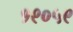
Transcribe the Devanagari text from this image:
१९०५९